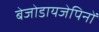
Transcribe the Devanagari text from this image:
बेजोडायजेपिनों